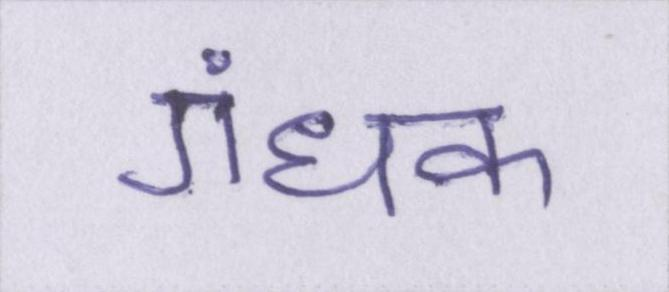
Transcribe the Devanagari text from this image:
गंधक